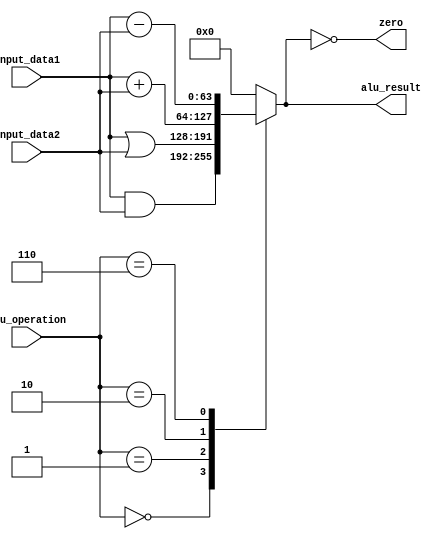
module alu(input [3:0]        alu_operation,
           input [63:0]       input_data1,
           input [63:0]       input_data2,
           output reg [63:0]  alu_result,
           output zero);

  always @(*)
    case (alu_operation)
      4'b0000 : alu_result = input_data1 & input_data2; //AND
      4'b0001 : alu_result = input_data1 | input_data2; //OR
      4'b0010 : alu_result = input_data1 + input_data2; //ADD
      4'b0110 : alu_result = input_data1 - input_data2; //SUB
      default : alu_result = 0;
    endcase

  assign zero = (alu_result == 64'b0);

endmodule